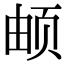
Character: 𬱖